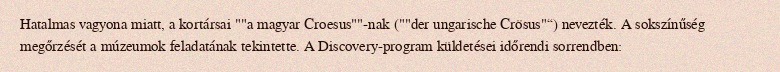
Hatalmas vagyona miatt, a kortársai ""a magyar Croesus""-nak (""der ungarische Crösus"“) nevezték. A sokszínűség megőrzését a múzeumok feladatának tekintette. A Discovery-program küldetései időrendi sorrendben: